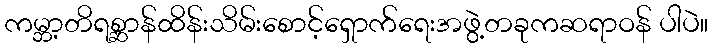
ကမ္ဘာ့တိရစ္ဆာန်ထိန်းသိမ်းစောင့်ရှောက်ရေးအဖွဲ့တခုကဆရာဝန် ပါပဲ။